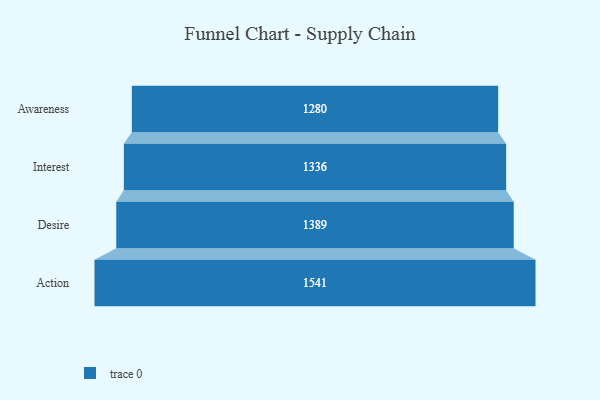
{"axis": {"x": "Stage", "y": "Value"}, "legend": [""], "data": [{"x": "Awareness", "y": 1280.0, "type": ""}, {"x": "Interest", "y": 1336.0, "type": ""}, {"x": "Desire", "y": 1389.0, "type": ""}, {"x": "Action", "y": 1541.0, "type": ""}]}